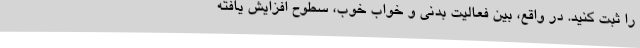
را ثبت کنید. در واقع، بین فعالیت بدنی و خواب خوب، سطوح افزایش یافته